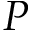
P